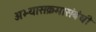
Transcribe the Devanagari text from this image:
अभ्यासक्रमासंबंधी